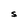
Character: S